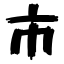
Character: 市